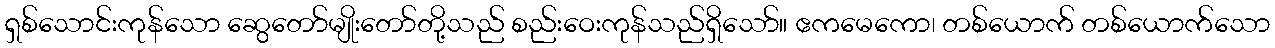
ရှစ်သောင်းကုန်သော ဆွေတော်မျိုးတော်တို့သည် စည်းဝေးကုန်သည်ရှိသော်။ ဧကမေကော၊ တစ်ယောက် တစ်ယောက်သော